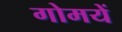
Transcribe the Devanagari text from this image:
गोमयें